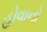
હોવાનો